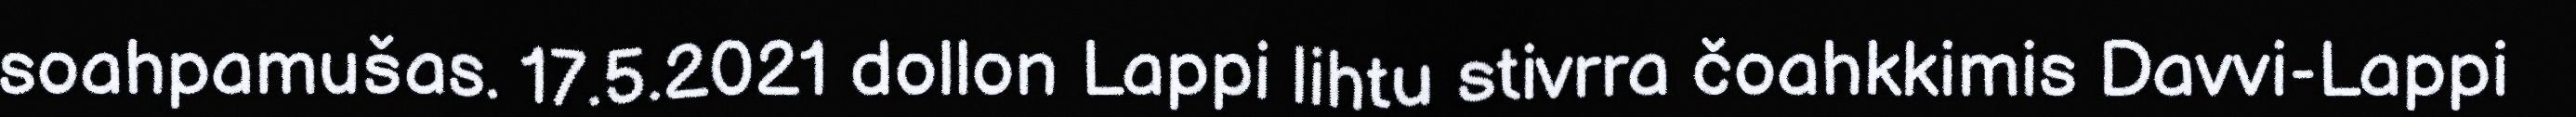
soahpamušas. 17.5.2021 dollon Lappi lihtu stivrra čoahkkimis Davvi-Lappi